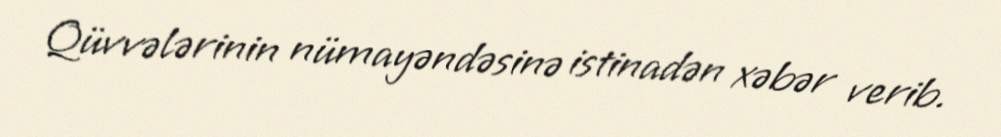
Qüvvələrinin nümayəndəsinə istinadən xəbər verib.